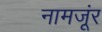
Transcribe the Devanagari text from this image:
नामजूंर